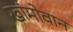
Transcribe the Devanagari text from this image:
खांमोवान